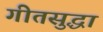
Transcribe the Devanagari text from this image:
गीतसुद्धा